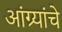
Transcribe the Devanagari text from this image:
आंग्र्यांचे